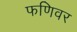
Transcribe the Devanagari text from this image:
फणिवर